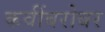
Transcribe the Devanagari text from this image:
कवींबरोबर